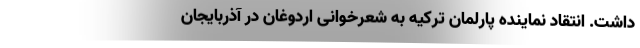
داشت. انتقاد نماینده پارلمان ترکیه به شعرخوانی اردوغان در آذربایجان